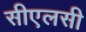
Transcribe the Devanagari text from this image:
सीएलसी